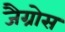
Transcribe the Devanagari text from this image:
जैग्रोस